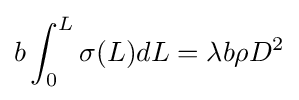
b\int _{0}^{L}\sigma (L)dL=\lambda b\rho D^{2}